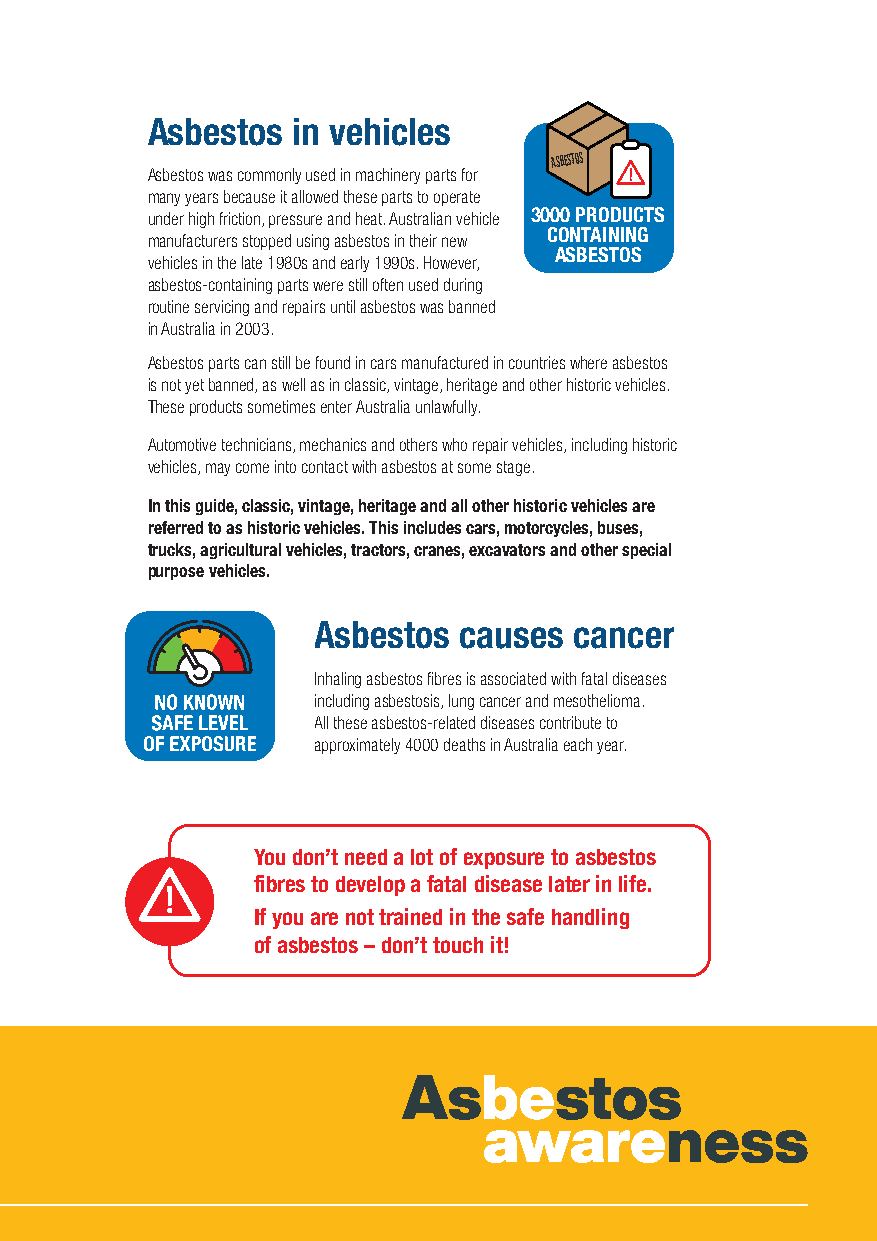
Asbestos in vehicles
 ASBESTOS
 Asbestos was commonly used in machinery parts for
 many years because it allowed these parts to operate
 under high friction, pressure and heat. Australian vehicle 3000 PRODUCTS
 CONTAINING
 manufacturers stopped using asbestos in their new
 ASBESTOS
 vehicles in the late 1980s and early 1990s. However,
 asbestos-containing parts were still often used during
 routine servicing and repairs until asbestos was banned
 in Australia in 2003.
 Asbestos parts can still be found in cars manufactured in countries where asbestos
 is not yet banned, as well as in classic, vintage, heritage and other historic vehicles.
 These products sometimes enter Australia unlawfully.
 Automotive technicians, mechanics and others who repair vehicles, including historic
 vehicles, may come into contact with asbestos at some stage.
 In this guide, classic, vintage, heritage and all other historic vehicles are
 referred to as historic vehicles. This includes cars, motorcycles, buses,
 trucks, agricultural vehicles, tractors, cranes, excavators and other special
 purpose vehicles.
 Asbestos causes  cancer
 Inhaling asbestos fibres is associated with fatal diseases
 including asbestosis, lung cancer and mesothelioma.
 All these asbestos-related diseases contribute to
 approximately 4000 deaths in Australia each year.
 You don’t need a lot of exposure to asbestos
 fibres to develop a fatal disease later in life.
 If you are not trained in the safe handling
 of asbestos – don’t touch it!
 Asbestos
 awareness